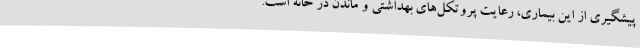
پیشگیری از این بیماری، رعایت پروتکل‌های بهداشتی و ماندن در خانه است.